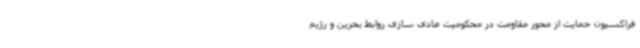
فراکسیون حمایت از محور مقاومت در محکومیت عادی سازی روابط بحرین و رژیم